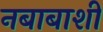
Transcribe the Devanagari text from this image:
नबाबाशी